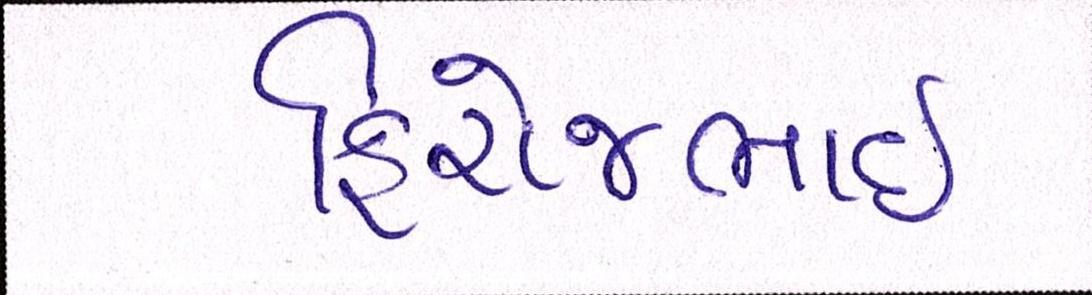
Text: ફિરોજભાઇ